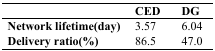
<table><thead><tr><td></td><td><b>CED</b></td><td><b>DG</b></td></tr></thead><tbody><tr><td><b>Network lifetime(day)</b></td><td>3.57</td><td>6.04</td></tr><tr><td><b>Delivery ratio(%)</b></td><td>86.5</td><td>47.0</td></tr></tbody></table>